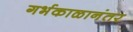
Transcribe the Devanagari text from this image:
गर्भकाळानंतर